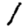
Digit: 1